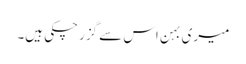
میری بہن اس سے گزر چکی ہیں۔